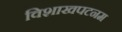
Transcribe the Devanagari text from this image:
विशाखपटनम